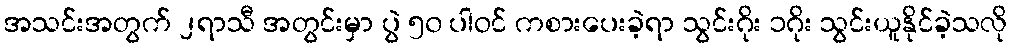
အသင်းအတွက် ၂ရာသီ အတွင်းမှာ ပွဲ ၅၀ ပါဝင် ကစားပေးခဲ့ရာ သွင်းဂိုး ၁ဂိုး သွင်းယူနိုင်ခဲ့သလို